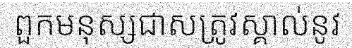
ពួកមនុស្សជាសត្រូវស្គាល់នូវ